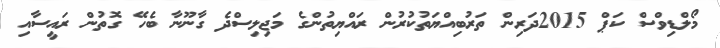
މޯލްޑިވްސް ކަޕް 2015ދަރިން ތަރުބިއްޔަތުކުރުން ރައްޔިތުންގެ މަޖިލިސްދެ ގާނޫނާ ބެހޭ ގޮތުން ރައީސާއި